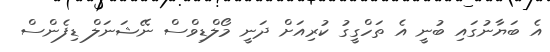
އެ ބަޔާނުގައި ބުނީ އެ ތަހްގީގު ކުރިއަށް ދަނީ މޯލްޑިވްސް ނޭޝަނަލް ޑިފެންސް